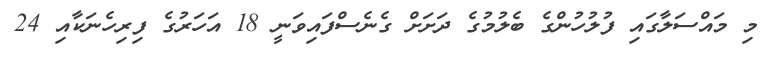
މި މައްސަލާގައި ފުލުހުންގެ ބެލުމުގެ ދަށަށް ގެނެސްފައިވަނީ 18 އަހަރުގެ ފިރިހެނަކާއި 24